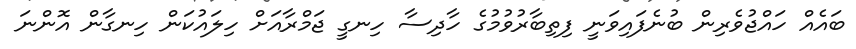
ބައެއް ހައްޖުވެރިން ބުނެފައިވަނީ ފިތިބާރުވުމުގެ ހާދިސާ ހިނގީ ޖަމްރާއަށް ހިލައުކަން ހިނގާން އޮންނަ